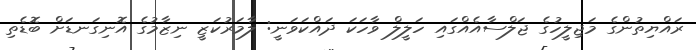
ރައްޔިތުންގެ މަޖިލީހުގެ ޖަލްސާއެއްގައި ހަލީލް ވާހަކަ ދައްކަވަނީ: ލާމަރުކަޒީ ނިޒާމުގެ އޮނިގަނޑަށް ބޮޑެތި